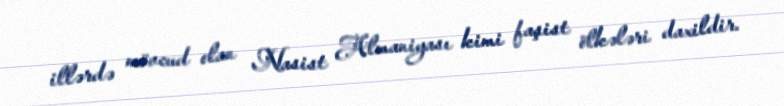
illərdə mövcud olan Nasist Almaniyası kimi faşist ölkələri daxildir.